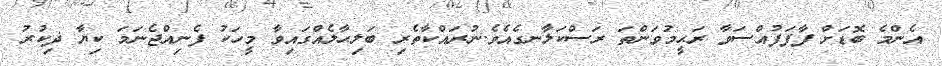
އެންމެ ބޮޑަށް ފާފަފުއްސަވާ ރަޙީމުވަންތަ ރަސްކަލާނގެއެވެ.ނުރައްކާތެރި ބަލިޙާލެއްގައިވާ މީހަކު ފެނިއްޖެނަމަ ކިޔާ ޛިކުރު